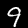
Digit: 9